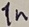
Text: 1n